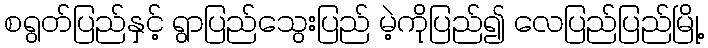
စရွတ်ပြည်နှင့် ရွာပြည်သွေးပြည် မဲ့ကိုပြည်၍ လေပြည်ပြည်မြို့